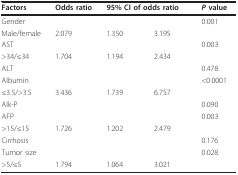
<table><thead><tr><td><b>Factors</b></td><td><b>Odds ratio</b></td><td colspan="2"><b>95% CI of odds ratio</b></td><td><b><i>P </i>value</b></td></tr></thead><tbody><tr><td>Gender</td><td></td><td></td><td></td><td>0.001</td></tr><tr><td>Male/female</td><td>2.079</td><td>1.350</td><td>3.195</td><td></td></tr><tr><td>AST</td><td></td><td></td><td></td><td>0.003</td></tr><tr><td>&gt;34/≤34</td><td>1.704</td><td>1.194</td><td>2.434</td><td></td></tr><tr><td>ALT</td><td></td><td></td><td></td><td>0.478</td></tr><tr><td>Albumin</td><td></td><td></td><td></td><td>&lt;0.0001</td></tr><tr><td>≤3.5/&gt;3.5</td><td>3.436</td><td>1.739</td><td>6.757</td><td></td></tr><tr><td>Alk-P</td><td></td><td></td><td></td><td>0.090</td></tr><tr><td>AFP</td><td></td><td></td><td></td><td>0.003</td></tr><tr><td>&gt;15/≤15</td><td>1.726</td><td>1.202</td><td>2.479</td><td></td></tr><tr><td>Cirrhosis</td><td></td><td></td><td></td><td>0.176</td></tr><tr><td>Tumor size</td><td></td><td></td><td></td><td>0.028</td></tr><tr><td>&gt;5/≤5</td><td>1.794</td><td>1.064</td><td>3.021</td><td></td></tr></tbody></table>